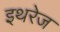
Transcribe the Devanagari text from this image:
इथरेज